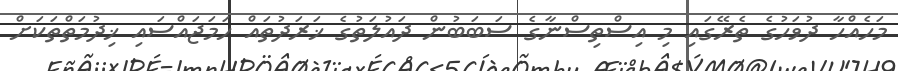
މަހެއްހާ ދުވަހުގެ ތެރޭގައި މި އިސްތިސްނާގެ ސަބަބުން ދައުލަތުގެ ޚަރަދުތައް ހަމަޖައްސައި ޚިދުމަތްތަކަށް